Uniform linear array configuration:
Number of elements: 16
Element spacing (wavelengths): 0.75
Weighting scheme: hamming
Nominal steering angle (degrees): -45
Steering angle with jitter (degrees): -45.413
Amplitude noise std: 0.05
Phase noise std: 0.05

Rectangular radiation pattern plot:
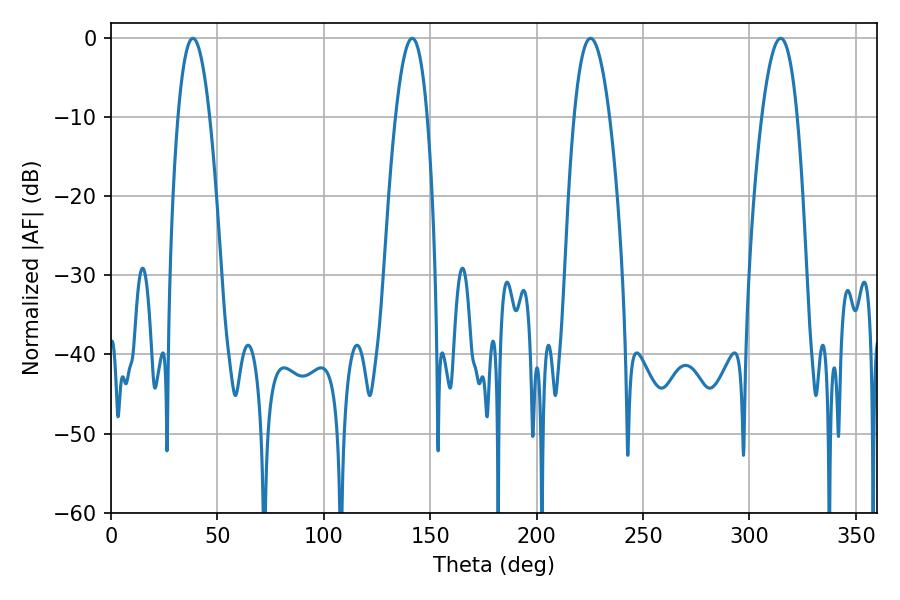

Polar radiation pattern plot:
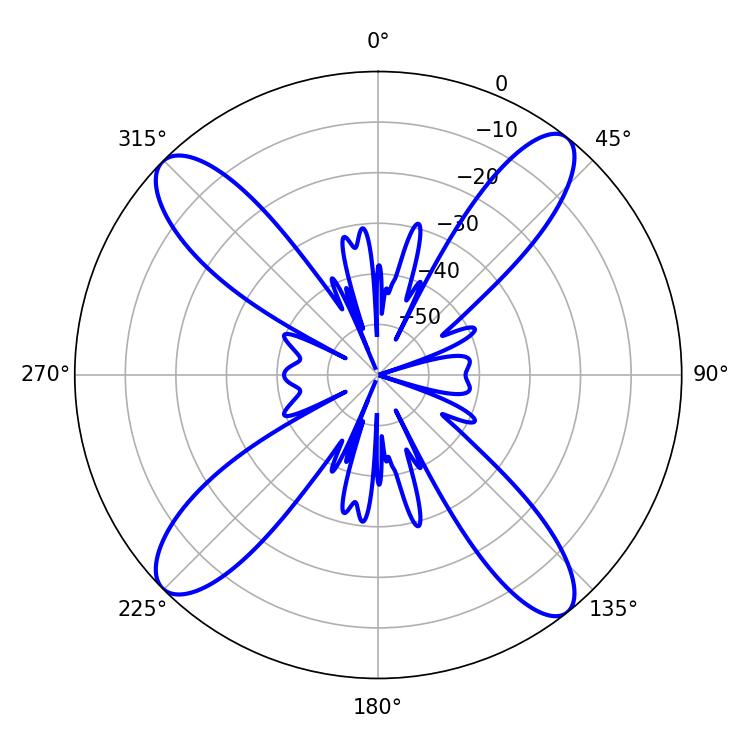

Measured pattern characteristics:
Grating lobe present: TRUE
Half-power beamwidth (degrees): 9.18
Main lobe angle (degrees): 225.36